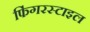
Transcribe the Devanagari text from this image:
फिंगरस्टाइल